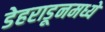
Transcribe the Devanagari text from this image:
डेहराडूनमध्ये